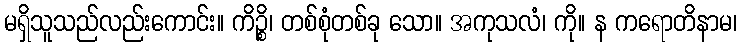
မရှိသူသည်လည်းကောင်း။ ကိဉ္စိ၊ တစ်စုံတစ်ခု သော။ အကုသလံ၊ ကို။ န ကရောတိနာမ၊